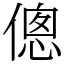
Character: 傯